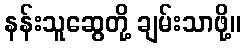
နန်းသူဆွေတို့ ချမ်းသာဖို့။